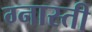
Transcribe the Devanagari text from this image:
ग्नास्ती